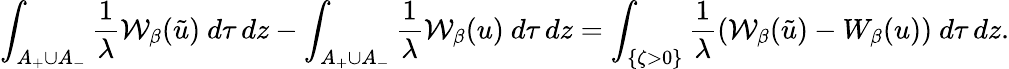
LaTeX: \int_{A_{+}\cup A_{-}}\frac{1}{\lambda}\mathcal{W}_{\beta}(\tilde{u})\ d\tau\, dz-\int_{A_{+}\cup A_{-}}\frac{1}{\lambda}\mathcal{W}_{\beta}(u)\ d\tau\, dz=\int_{\{ \zeta>0\} }\frac{1}{\lambda}(\mathcal{W}_{\beta}(\tilde{u})-W_{\beta}(u))\ d\tau\, dz.